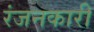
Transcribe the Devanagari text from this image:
रंजनकारी